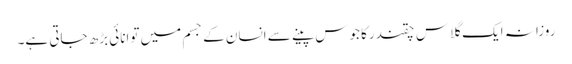
روزانہ ایک گلاس چقندرکا جوس پینے سے انسان کے جسم میں توانائی بڑھ جاتی ہے۔